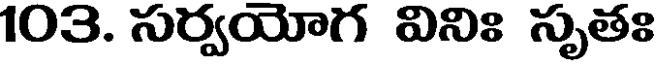
103. సర్వయోగ వినిః సృతః